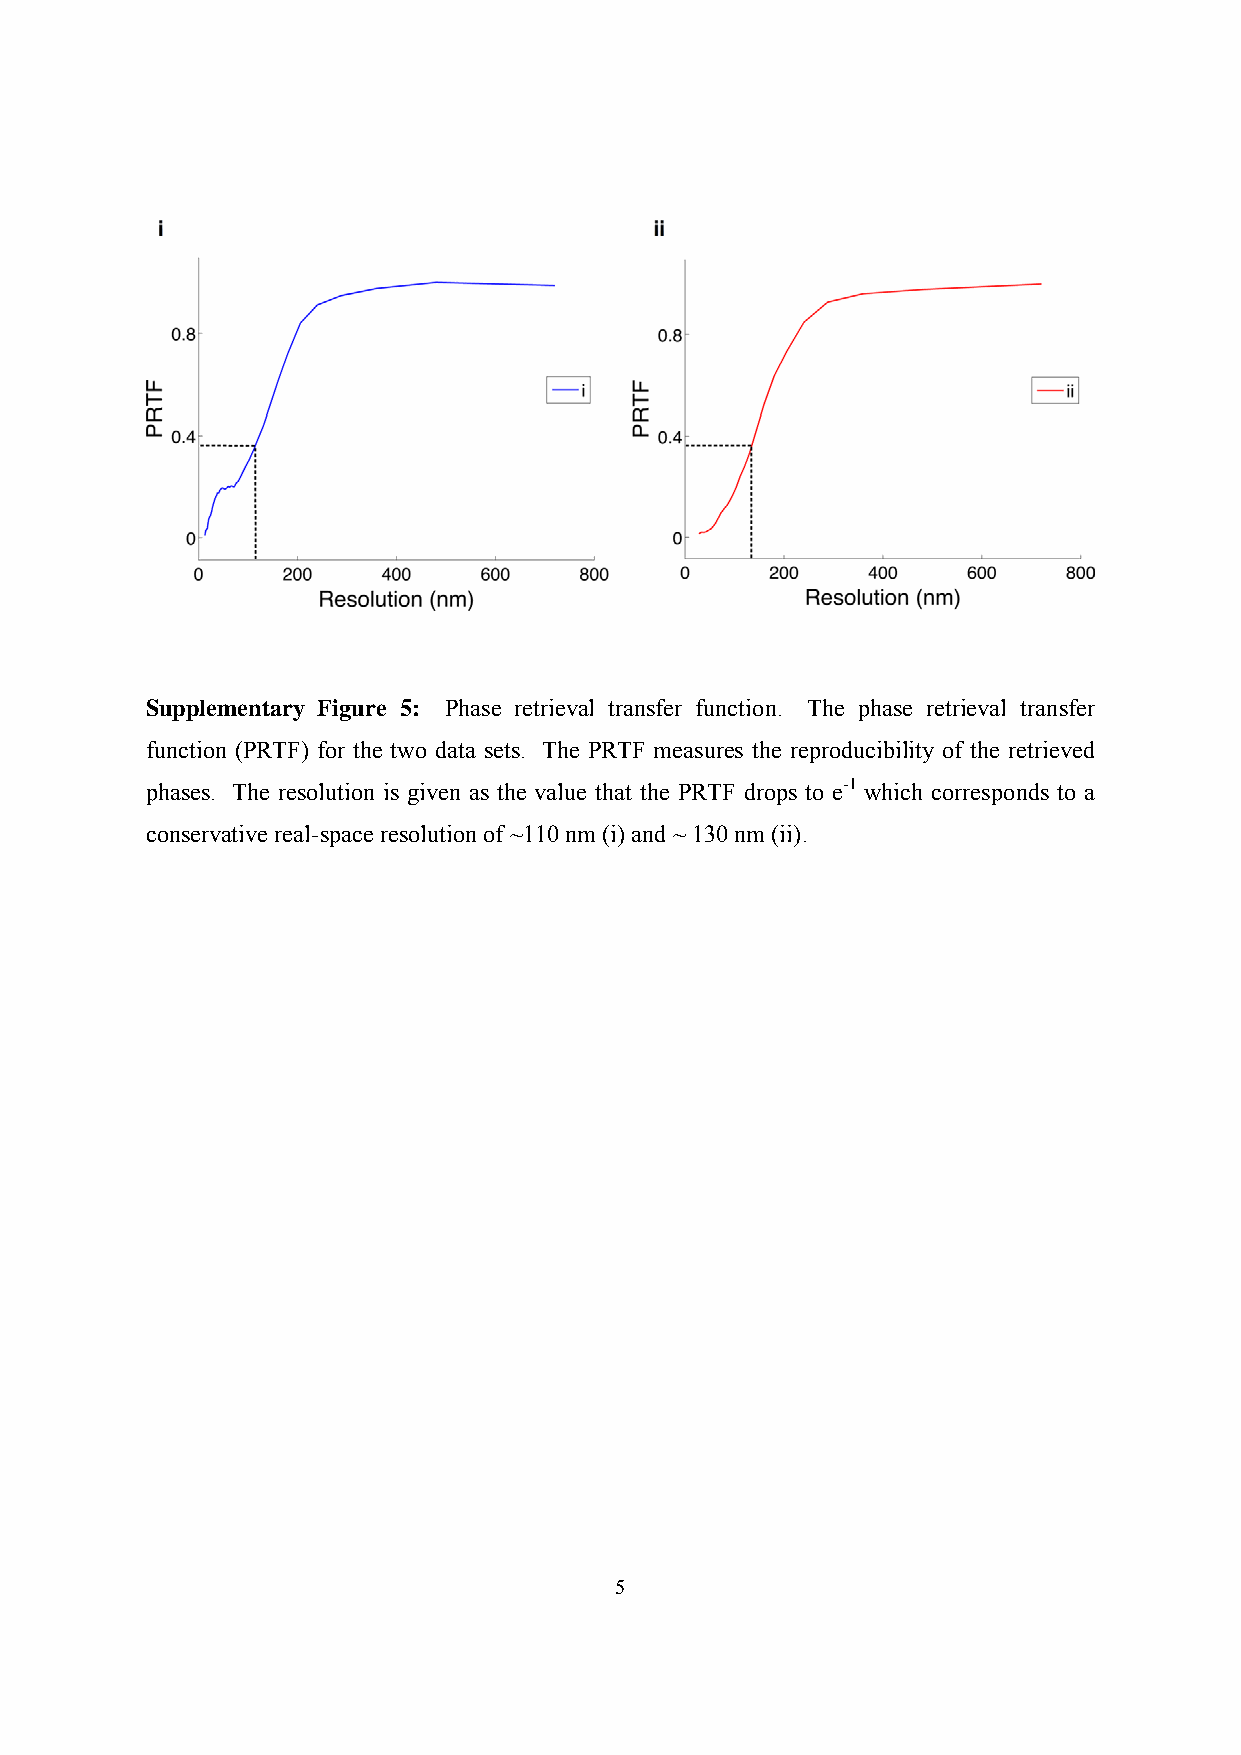
Supplementary Figure 5: Phase retrieval transfer function. The phase retrieval transfer
 function (PRTF) for the two data sets. The PRTF measures the reproducibility of the retrieved
 phases. The resolution is given as the value that the PRTF drops to e-1 which corresponds to a
 conservative real-space resolution of ~110 nm (i) and ~ 130 nm (ii).
 5